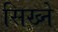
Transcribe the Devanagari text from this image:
सिख्ने